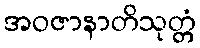
အဝဇာနာတိသုတ္တံ